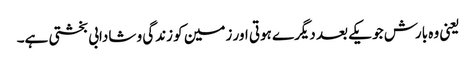
یعنی وہ بارش جو یکے بعد دیگرے ہوتی اور زمین کو زندگی و شادابی بخشتی ہے۔